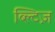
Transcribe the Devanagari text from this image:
ब्ल्टिज़